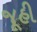
જૂહી